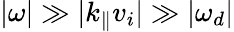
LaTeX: \lvert\omega\rvert\gg\lvert k_{\parallel}v_{i}\rvert\gg\lvert\omega_{d}\rvert